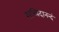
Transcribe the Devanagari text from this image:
सच्चिदानन्दं